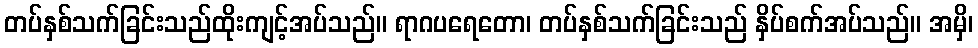
တပ်နှစ်သက်ခြင်းသည်ထိုးကျင့်အပ်သည်။ ရာဂပရေတော၊ တပ်နှစ်သက်ခြင်းသည် နှိပ်စက်အပ်သည်။ အမှိ၊